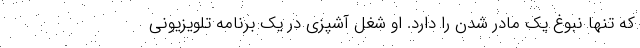
که تنها نبوغ یک مادر شدن را دارد. او شغل آشپزی در یک برنامه تلویزیونی